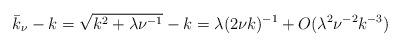
LaTeX: \begin{align*}\bar k_{\nu}-k=\sqrt{k^2 + \lambda \nu^{-1}} -k= \lambda (2\nu k)^{-1} + O(\lambda^2\nu^{-2} k^{-3})\end{align*}